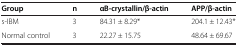
<table><thead><tr><td><b>Group</b></td><td><b>n</b></td><td><b>αB-crystallin/β-actin</b></td><td><b>APP/β-actin</b></td></tr></thead><tbody><tr><td>s-IBM</td><td>3</td><td>84.31 ± 8.29*</td><td>204.1 ± 12.43*</td></tr><tr><td>Normal control</td><td>3</td><td>22.27 ± 15.75</td><td>48.64 ± 69.67</td></tr></tbody></table>